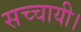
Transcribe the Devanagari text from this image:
सच्चायी।